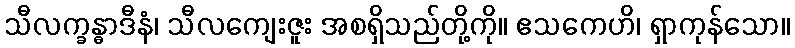
သီလက္ခန္ဓာဒီနံ၊ သီလကျေးဇူး အစရှိသည်တို့ကို။ ဧသကေဟိ၊ ရှာကုန်သော။